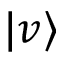
\vert v \rangle